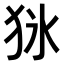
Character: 𤝣